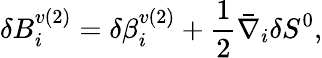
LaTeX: \delta B_{i}^{v(2)}=\delta\beta_{i}^{v(2)}+\frac{1}{2}\bar{\nabla}_{i}\delta S^{0},